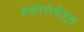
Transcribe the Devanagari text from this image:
हेसपेरोपीट्स